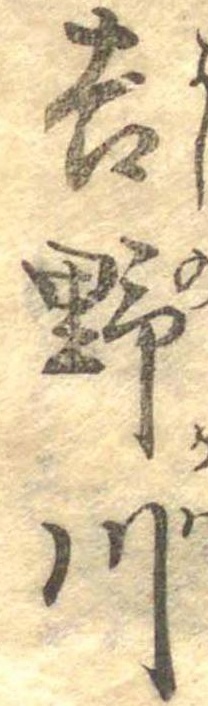
吉野川